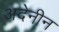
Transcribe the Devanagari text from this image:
अदेनीन